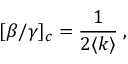
[ \beta / \gamma ] _ { c } = \frac { 1 } { 2 \langle k \rangle } \; ,